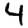
Digit: 4